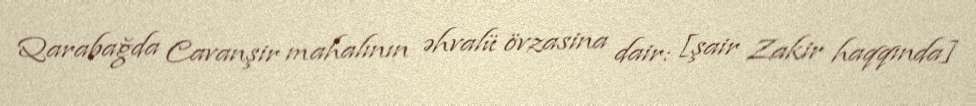
Qarabağda Cavanşir mahalının əhvalü övzasina dair: [şair Zakir haqqında]